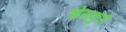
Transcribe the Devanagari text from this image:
चेरूकुरी